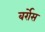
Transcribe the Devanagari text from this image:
बर्रोस